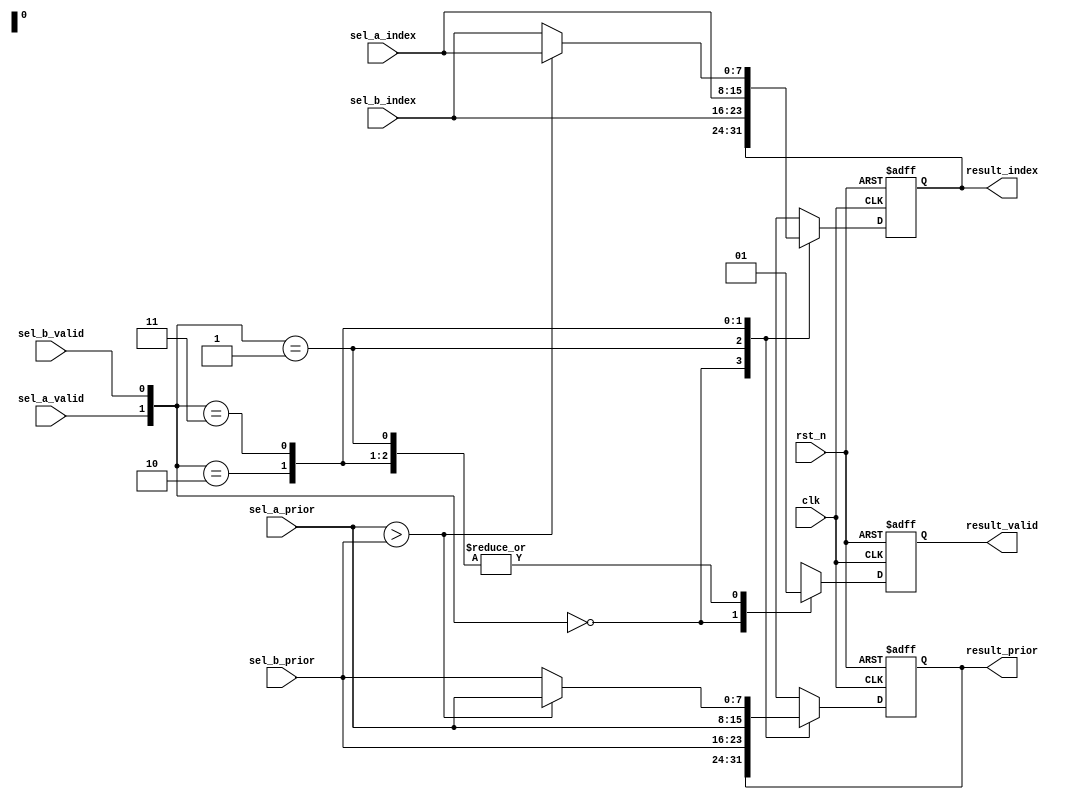
////////////////////////////////////////////////////////////////////////////////
// Copyright (c) 2016-2020 NUDT.  All rights reserved.
//////////////////////////////////////////////////////////////////////////////
//Vendor: NUDT in Hunan Changsha 
//Version: 0.1
//Target Device: 
//Dscription: 
//  1)
//  2)
//
//Author : 
//Revision List:
//	rn2:	date:	modifier:	description:
//	rn2:	date:	modifier:	description:
//
module prior_sel(
    input  wire       clk,//add module's work clk domin
    input  wire       rst_n,
                      
    input  wire       sel_a_valid,
    input  wire [7:0] sel_a_prior,
    input  wire [7:0] sel_a_index,
                      
    input  wire       sel_b_valid,
    input  wire [7:0] sel_b_prior,
    input  wire [7:0] sel_b_index,
                      
    output reg        result_valid,
    output reg  [7:0] result_prior,
    output reg  [7:0] result_index 
);

//***************************************************
//                Select Process
//***************************************************
always @(posedge clk or negedge rst_n) begin
    if(rst_n == 1'b0) begin
        result_valid <= 1'b0;
        result_prior <= 8'b0;
        result_index <= 8'b0;
    end
    else begin
        case({sel_a_valid,sel_b_valid})
            2'b00: begin
                result_valid <= 1'b0;
                result_prior <= result_prior;
                result_index <= result_index;
            end
            
            2'b01: begin
                result_valid <= 1'b1;
                result_prior <= sel_b_prior;
                result_index <= sel_b_index;
            end
            
            2'b10: begin
                result_valid <= 1'b1;
                result_prior <= sel_a_prior;
                result_index <= sel_a_index;
            end
            
            2'b11: begin
                result_valid <= 1'b1;
                if(sel_a_prior > sel_b_prior) begin
                    result_prior <= sel_a_prior;
                    result_index <= sel_a_index;
                end
                else begin
                    result_prior <= sel_b_prior;
                    result_index <= sel_b_index;
                end
            end
        endcase
    end
end

endmodule
/*
prior_sel prior_sel_inst(
    .clk(),//add module's work clk domin
    .rst_n(),

    .sel_a_valid(),
    .sel_a_prior(),
    .sel_a_index(),

    .sel_b_valid(),
    .sel_b_prior(),
    .sel_b_index(),

    .result_valid(),
    .result_prior(),
    .result_index()
);
*/